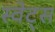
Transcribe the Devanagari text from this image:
स्वेट्स